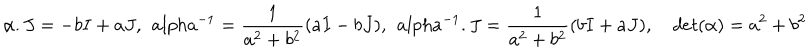
\alpha . J = - b I + a J , \ \, a l p h a ^ { - 1 } = \frac { 1 } { a ^ { 2 } + b ^ { 2 } } ( a I - b J ) , \ \, a l p h a ^ { - 1 } . J = \frac { 1 } { a ^ { 2 } + b ^ { 2 } } ( b I + a J ) , \quad d e t ( \alpha ) = a ^ { 2 } + b ^ { 2 }